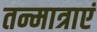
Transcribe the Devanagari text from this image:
तन्मात्राएं